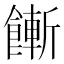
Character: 𩞏